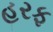
હરફ